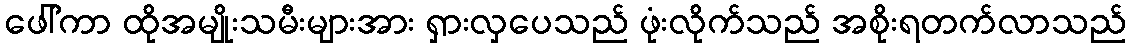
ဖေါ်ကာ ထိုအမျိုးသမီးများအား ရှားလှပေသည် ဖုံးလိုက်သည် အစိုးရတက်လာသည်